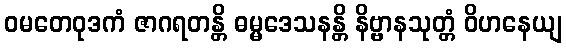
ဝမတေဝုဒကံ ဇာဂရတန္တိ ဓမ္မဒေသနန္တိ နိဗ္ဗာနသုတ္တံ ဝိဟနေယျ